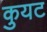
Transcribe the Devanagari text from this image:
कुयट